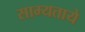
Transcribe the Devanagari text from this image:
साम्यताये